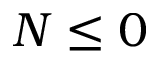
N \le 0